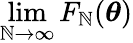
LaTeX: \operatorname*{lim}_{\mathbb{N}\to\infty}F_{\mathbb{N}}({\boldsymbol\theta})